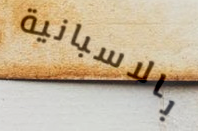
بالاسبانية